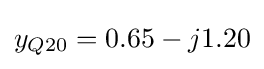
y_{Q20}=0.65-j1.20